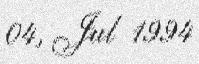
04, Jul 1994